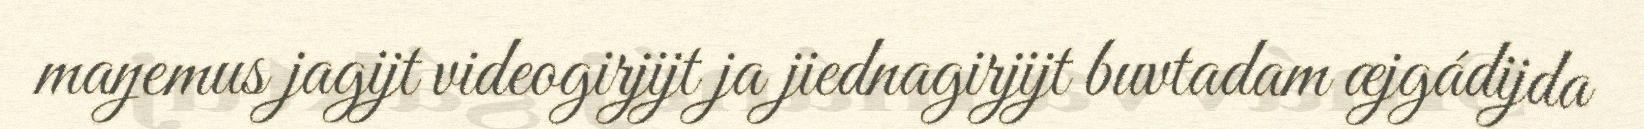
maŋemus jagijt videogirjijt ja jiednagirjijt buvtadam æjgádijda